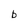
Character: b